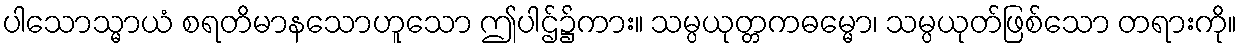
ပါသောသ္မာယံ စရတိမာနသောဟူသော ဤပါဌ်၌ကား။ သမ္ပယုတ္တကဓမ္မော၊ သမ္ပယုတ်ဖြစ်သော တရားကို။